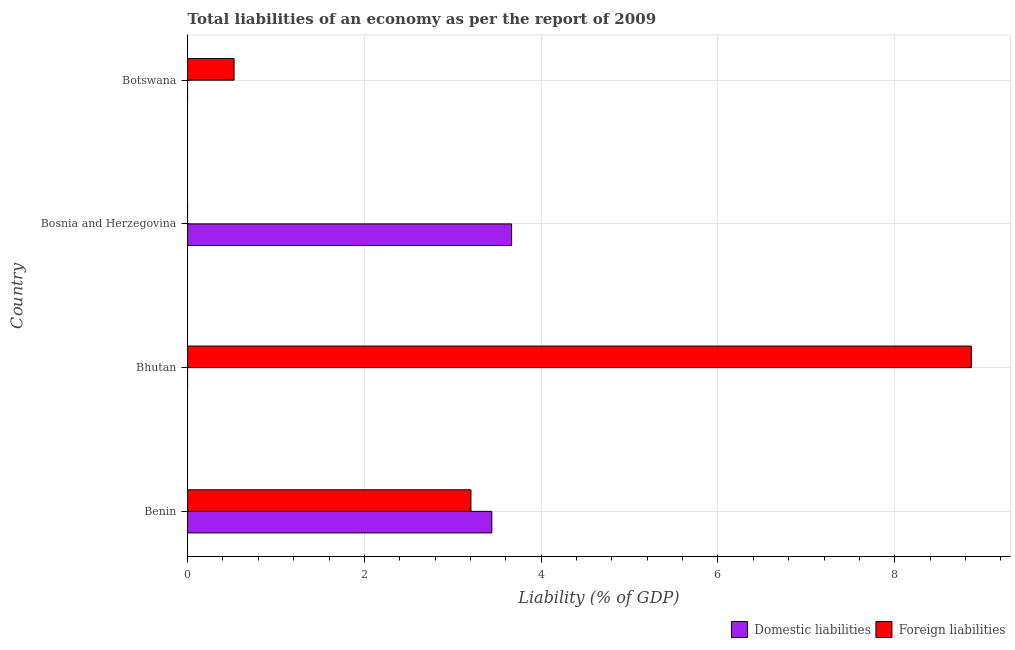
| Country | Domestic liabilities | Foreign liabilities |
 | --- | --- | --- |
 | Benin | 3.44 | 3.21 |
 | Bhutan | -0.286 | 8.87 |
 | Bosnia and Herzegovina | 3.67 | -0.114 |
 | Botswana | -1.71 | 0.526 |